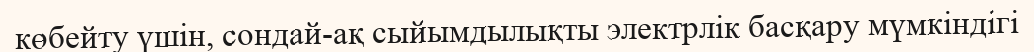
көбейту үшін, сондай-ақ сыйымдылықты электрлік басқару мүмкіндігі